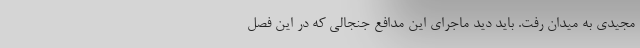
مجیدی به میدان رفت. باید دید ماجرای این مدافع جنجالی که در این فصل